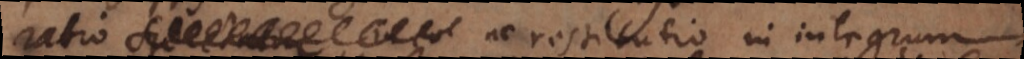
in eo ac restitutio in integrum